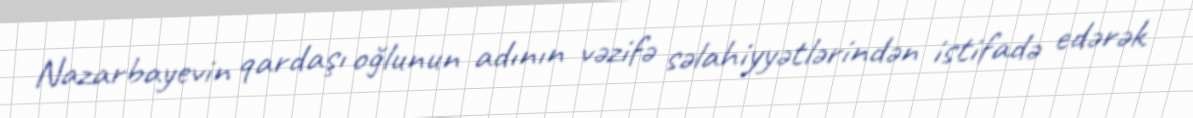
Nazarbayevin qardaşı oğlunun adının vəzifə səlahiyyətlərindən istifadə edərək